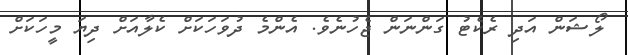
ލޯޝަން އަދި ރެކެޓު ގަންނަން ޖެހުނެެވެ. އެންމެ ދުވަހަކަށްް ކެލާއަށް ދިޔަ މީހަކަށް